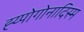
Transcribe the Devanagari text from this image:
ह्य्पोगोनादिस्म